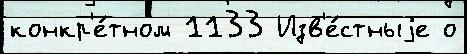
конкр'е́тном 1133 Изв'е́стныjе о